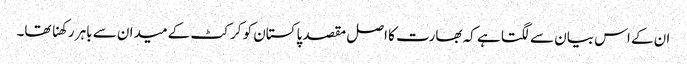
ان کے اس بیان سے لگتا ہے کہ بھارت کا اصل مقصد پاکستان کو کرکٹ کے میدان سے باہر رکھنا تھا۔